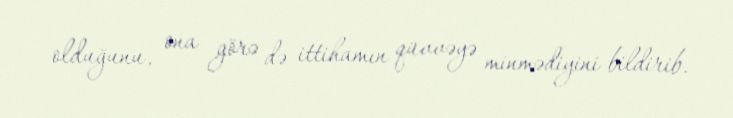
olduğunu, ona görə də ittihamın qüvvəyə minmədiyini bildirib.